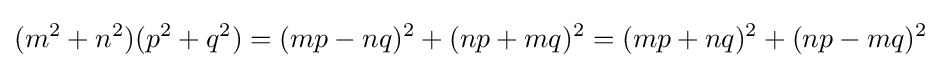
(m^{2}+n^{2})(p^{2}+q^{2})=(mp-nq)^{2}+(np+mq)^{2}=(mp+nq)^{2}+(np-mq)^{2}